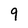
Character: 9